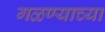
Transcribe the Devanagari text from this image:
गळण्याच्या